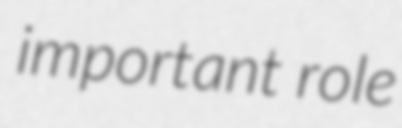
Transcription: important role